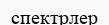
спектрлер